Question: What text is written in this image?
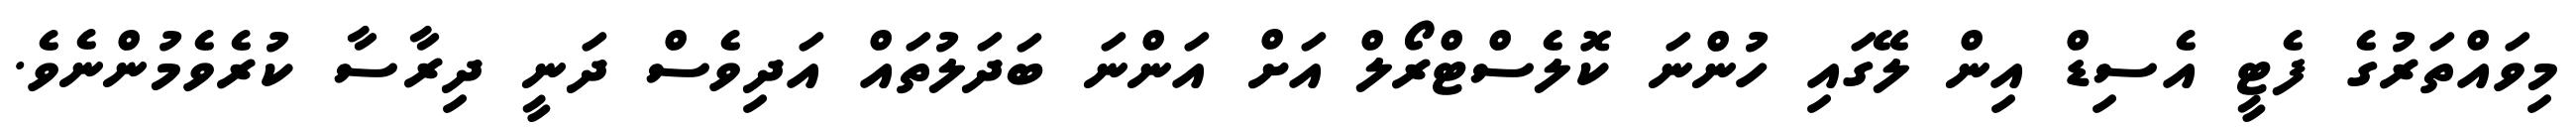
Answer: މިވައްތަރުގެ ފެޓީ އެސިޑް އިން ލޭގައި ހުންނަ ކޮލެސްޓްރޯލް އަށް އަންނަ ބަދަލުތައް އަދިވެސް ދަނީ ދިރާސާ ކުރެވެމުންނެވެ.